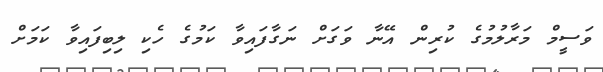
ވަސީމް މަރާލުމުގެ ކުރިން އޭނާ ވަގަށް ނަގާފައިވާ ކަމުގެ ހެކި ލިބިފައިވާ ކަމަށް